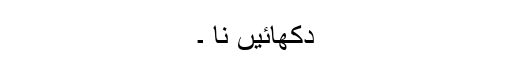
دکھائیں نا ۔